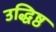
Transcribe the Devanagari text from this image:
उद्धिष्ठ